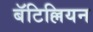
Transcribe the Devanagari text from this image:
बॅटिल्लियन